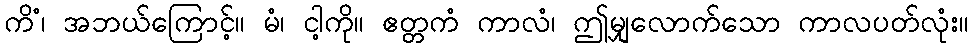
ကိံ၊ အဘယ်ကြောင့်။ မံ၊ ငါ့ကို။ ဧတ္တကံ ကာလံ၊ ဤမျှလောက်သော ကာလပတ်လုံး။